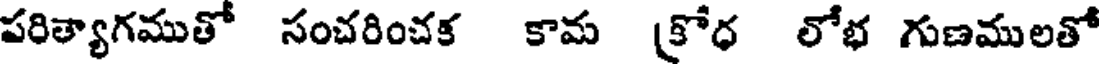
పరిత్యాగముతో సంచరించక కామ (కోధ లోభ గుణములతో